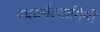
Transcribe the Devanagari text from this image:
स्वधर्मत्यागिनी